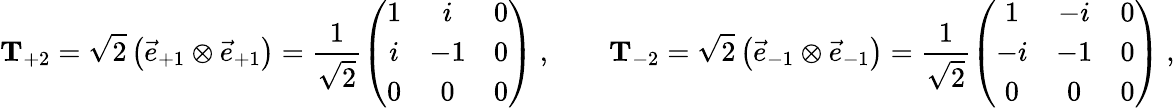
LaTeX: {\mathbf T}_{+2}=\sqrt{2}\left({\vec{e}}_{+1}\otimes{\vec{e}}_{+1}\right)=\frac{1}{\sqrt{2}}\left(\begin{array}{ccc}{{1}}&{{i}}&{{0}}\\ {{i}}&{{-1}}&{{0}}\\ {{0}}&{{0}}&{{0}}\end{array}\right)~,\quad\quad{\mathbf T}_{-2}=\sqrt{2}\left({\vec{e}}_{-1}\otimes{\vec{e}}_{-1}\right)=\frac{1}{\sqrt{2}}\left(\begin{array}{ccc}{{1}}&{{-i}}&{{0}}\\ {{-i}}&{{-1}}&{{0}}\\ {{0}}&{{0}}&{{0}}\end{array}\right)~,